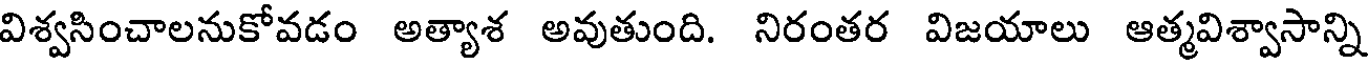
విశ్వసించాలనుకోవడం అత్యాశ అవుతుంది. నిరంతర విజయాలు ఆత్మవిశ్వాసాన్ని